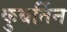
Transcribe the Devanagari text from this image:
कुबर्तिन